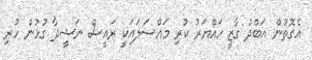
އެގޮތުން އަބްދު ގާޒީ ހައްޔަރު ކުރި މައްސަލައަކީ ރައީސް ނަޝީދާ ގުޅުން ހުރި